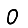
Digit: 0